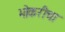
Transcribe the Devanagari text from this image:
भोकरीचा